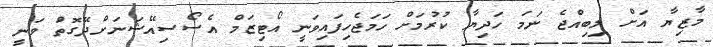
މާޒިޔާ އަށް ލިބިއްޖެ ނަަމަ ހަދިޔާ ކުރުމަށް ހަމަޖެހިފައިވަނީ އޯޓިޒަމް އެސޯސިއޭޝަނަށްދޭގޮތަް ވަނީ